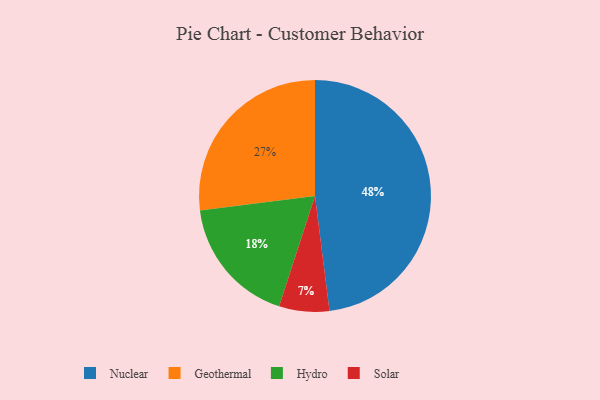
{"axis": {"x": "Category", "y": "Percentage"}, "legend": ["Geothermal", "Hydro", "Nuclear", "Solar"], "data": [{"x": "Solar", "y": 7, "type": "Solar"}, {"x": "Nuclear", "y": 48, "type": "Nuclear"}, {"x": "Hydro", "y": 18, "type": "Hydro"}, {"x": "Geothermal", "y": 27, "type": "Geothermal"}]}